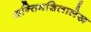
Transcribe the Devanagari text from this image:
अन्तिमशिलालेख